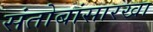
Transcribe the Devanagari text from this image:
संतोबांसारखा